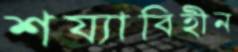
শয্যাবিহীন